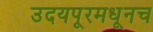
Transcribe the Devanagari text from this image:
उदयपूरमधूनच